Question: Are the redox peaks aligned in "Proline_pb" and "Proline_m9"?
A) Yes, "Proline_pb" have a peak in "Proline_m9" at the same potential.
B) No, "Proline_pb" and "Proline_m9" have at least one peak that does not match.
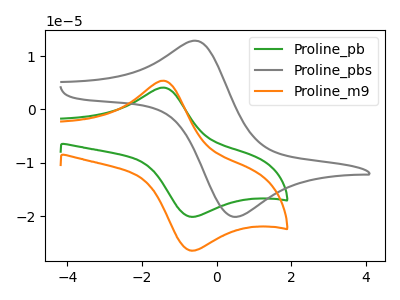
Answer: <think>The green curve "Proline_pb" has an anodic peak at (-1.45V, 4.10uA) and a cathodic peak at (-0.70V, -20.05uA). The gray curve "Proline_pbs" has an anodic peak at (-0.50V, 12.80uA) and a cathodic peak at (0.50V, -20.10uA). The orange curve "Proline_m9" has an anodic peak at (-1.45V, 5.40uA) and a cathodic peak at (-0.70V, -26.35uA).</think>
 <answer>A) Yes, "Proline_pb" have a peak in "Proline_m9" at the same potential.</answer>
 <eval>A</eval>